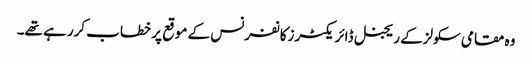
وہ مقامی سکولزکے ریجنل ڈائریکٹرزکانفرنس کے موقع پر خطاب کررہے تھے۔